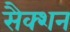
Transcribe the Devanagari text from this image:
सैक्शन